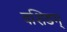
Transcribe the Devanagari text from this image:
वशिङग्